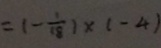
= ( - \frac { 1 } { 1 8 } ) \times ( - 4 )